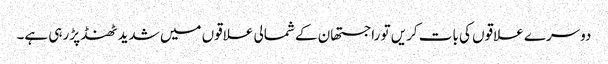
دوسرے علاقوں کی بات کریں تو راجستھان کے شمالی علاقوں میں شدید ٹھنڈ پڑ رہی ہے۔